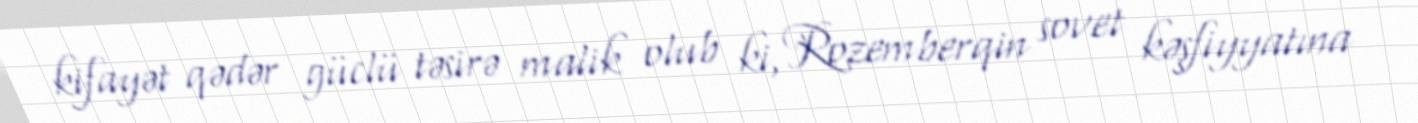
kifayət qədər güclü təsirə malik olub ki, Rozemberqin sovet kəşfiyyatına